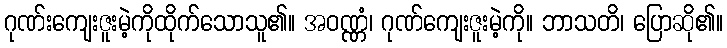
ဂုဏ်းကျေးဇူးမဲ့ကိုထိုက်သောသူ၏။ အဝဏ္ဏံ၊ ဂုဏ်ကျေးဇူးမဲ့ကို။ ဘာသတိ၊ ပြောဆို၏။